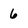
Character: 6